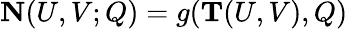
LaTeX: {\mathbf N}(U,V;Q)=g({\mathbf T}(U,V),Q)